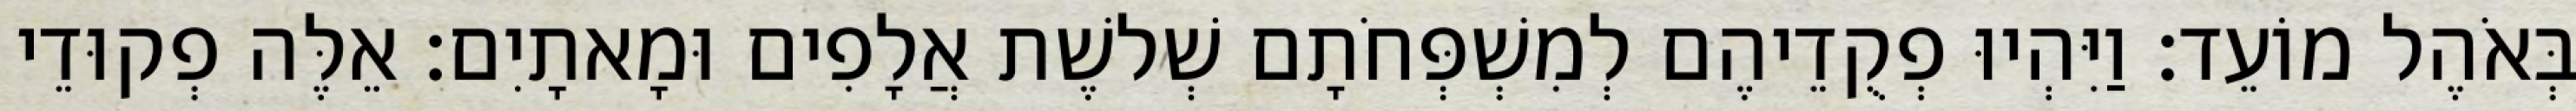
בְּאֹהֶל מוֹעֵד׃ וַיִּהְיוּ פְקֻדֵיהֶם לְמִשְׁפְּחֹתָם שְׁלשֶׁת אֲלָפִים וּמָאתָיִם׃ אֵלֶּה פְקוּדֵי